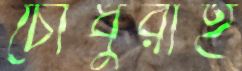
চৌধুরীই